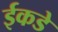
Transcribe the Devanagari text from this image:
ईकडे